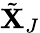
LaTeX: \tilde{\mathbf{X}}_{J}